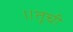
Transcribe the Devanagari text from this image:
॥तूची